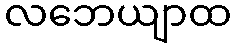
လဘေယျာထ